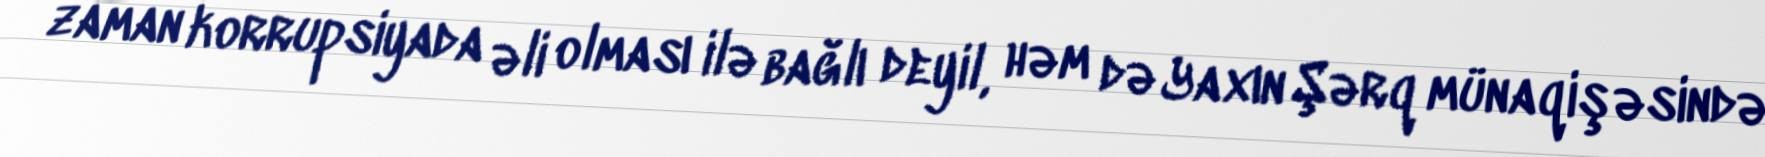
zaman korrupsiyada əli olması ilə bağlı deyil, həm də Yaxın Şərq münaqişəsində